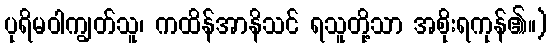
ပုရိမဝါကျွတ်သူ၊ ကထိန်အာနိသင် ရသူတို့သာ အစိုးရကုန်၏။)